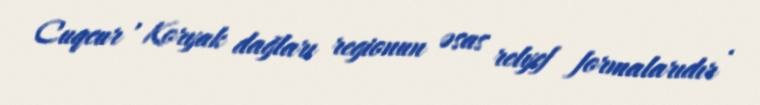
Cuqcur , Koryak dağları regionun əsas relyef formalarıdır .